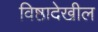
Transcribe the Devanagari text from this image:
विष्ठादेखील